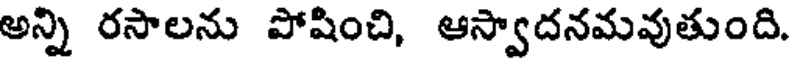
అన్ని రసాలను పోషించి, ఆస్వాదనమవుతుంది.